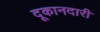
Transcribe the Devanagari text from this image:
दूकानदारी